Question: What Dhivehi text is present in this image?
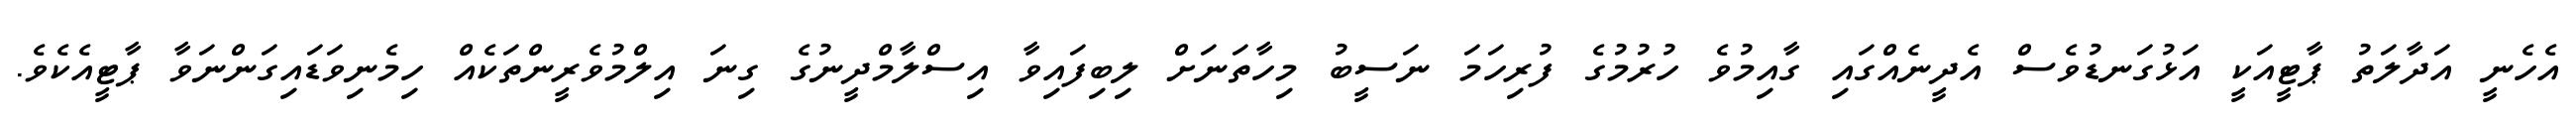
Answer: އެހެނީ އަދާލަތު ޕާޓީއަކީ އަޅުގަނޑުވެސް އެދީނެއްގައި ގާއިމުވެ ހުރުމުގެ ފުރިހަމަ ނަސީބު މިހާތަނަށް ލިބިފައިވާ އިސްލާމްދީނުގެ ގިނަ އިލްމުވެރީންތަކެއް ހިމެނިވަޑައިގަންނަވާ ޕާޓީއެކެވެ.